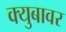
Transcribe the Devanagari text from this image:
क्युबावर